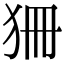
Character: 狦